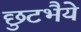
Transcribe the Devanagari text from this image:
छुटभैये